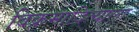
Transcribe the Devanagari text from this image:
विक्रमादित्याला